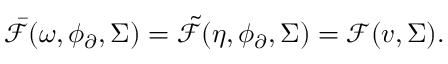
\bar { \mathcal { F } } ( \omega , \phi _ { \partial } , \Sigma ) = \tilde { \mathcal { F } } ( \eta , \phi _ { \partial } , \Sigma ) = \mathcal { F } ( v , \Sigma ) .